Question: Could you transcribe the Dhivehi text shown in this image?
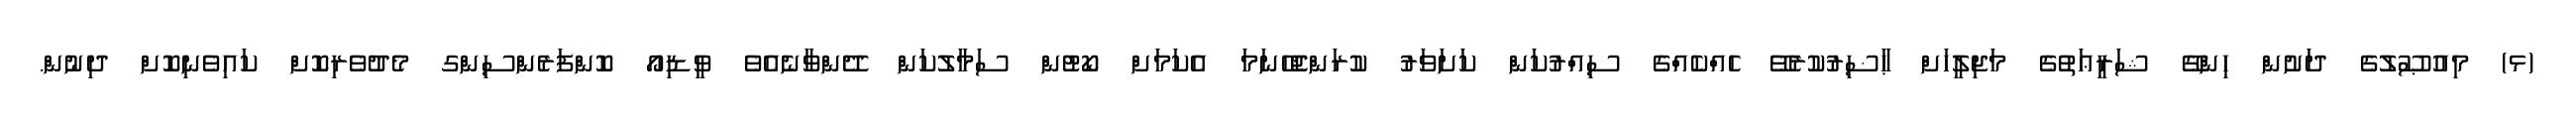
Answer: (ޅ) މިއުޞޫލުގެ ދަށުން ހިންގޭ ޝަރީޢަތުގެ މަޖިލީހަށް ޙާޟިރުކުރެވޭ ހެއްކެއްގެ ސިއްރުކަން ކަށަވަރު ކުރަންޖެހޭނަމަ އެކަމަށް ކޯޓުން ސަމާލުކަން ދޭންވާނެއެވެ ވީޑިއޯ ކޮންފަރެންސިންގ މެދުވެރިކޮށް ކައިވެނިކޮށް ދިނުން.